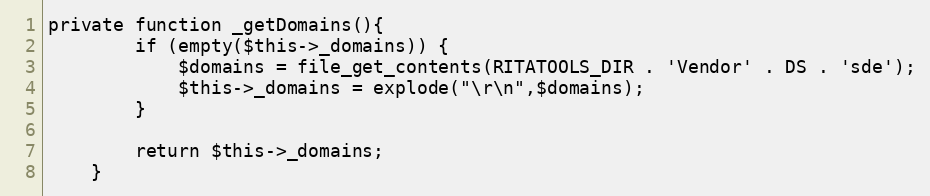
Language: PHP
private function _getDomains(){
		if (empty($this->_domains)) {
			$domains = file_get_contents(RITATOOLS_DIR . 'Vendor' . DS . 'sde');
			$this->_domains = explode("\r\n",$domains);
		}

		return $this->_domains;
	}